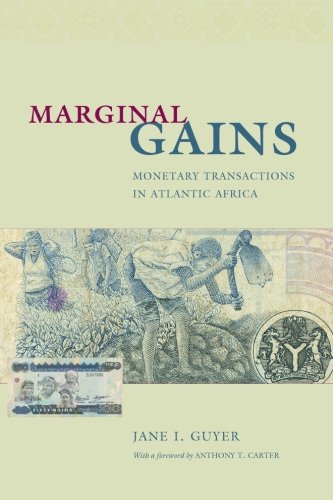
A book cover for Marginal Gains: Monetary Transactions in Atlantic Africa (Lewis Henry Morgan Lecture Series); Jane I. Guyer; Business & Money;